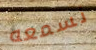
نسمعه